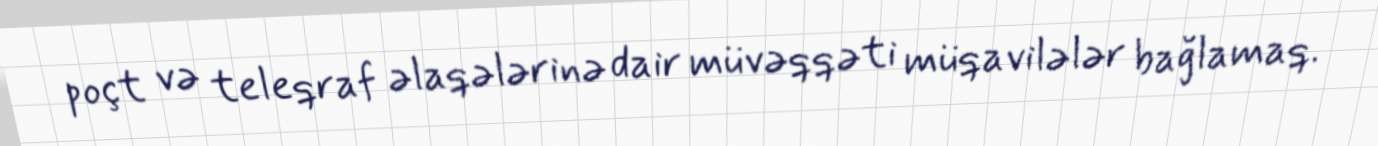
poçt və teleqraf əlaqələrinə dair müvəqqəti müqavilələr bağlamaq.